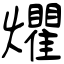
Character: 爠